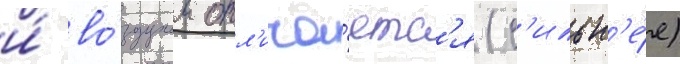
и́ во́здухом отл'ича́етс'я (с'ильн'е́е)